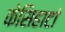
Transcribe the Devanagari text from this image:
केसिहाटां